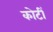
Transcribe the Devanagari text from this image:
कोटीं